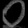
Digit: ၀